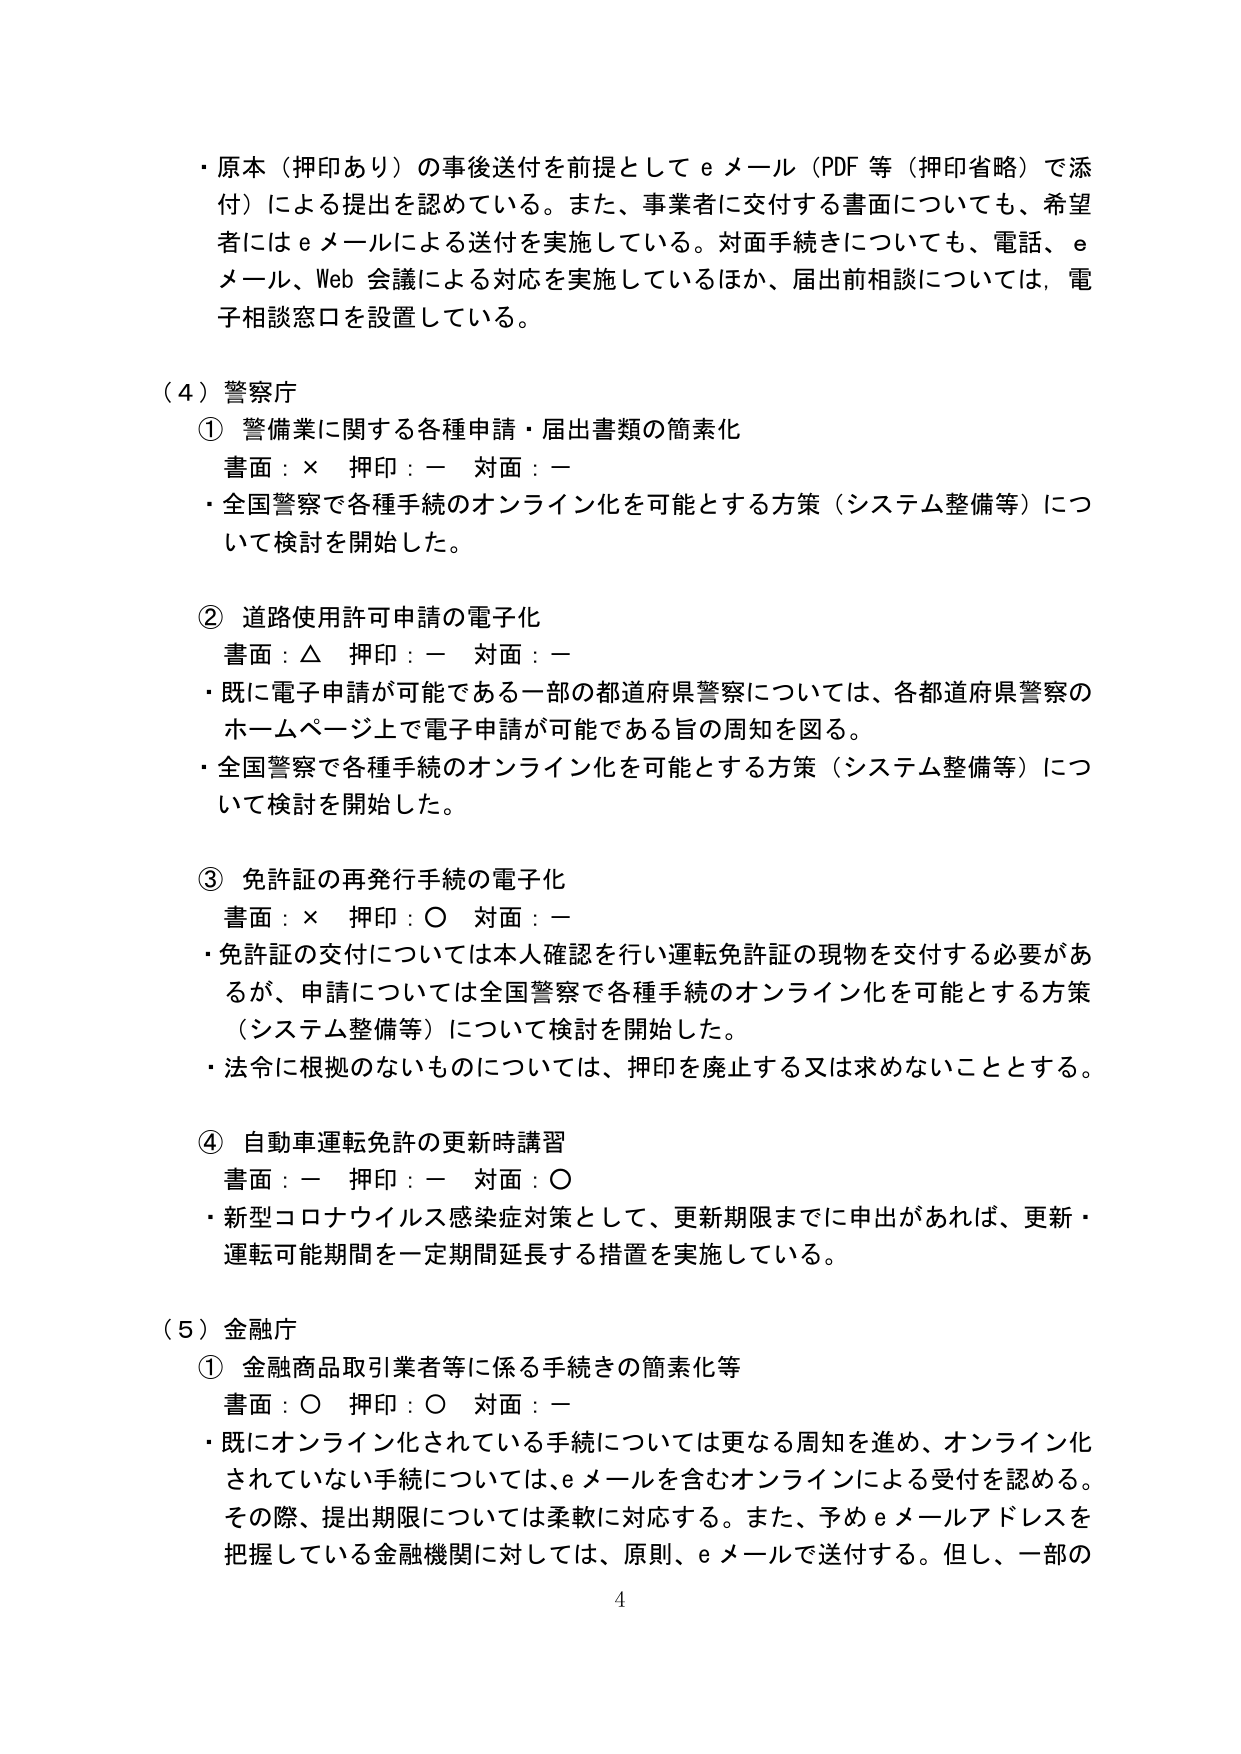
・原本（押印あり）の事後送付を前提としてｅメール（PDF等（押印省略）で添付）による提出を認めている。また、事業者に交付する書面についても、希望者にはｅメールによる送付を実施している。対面手続きについても、電話、ｅメール、Web会議による対応を実施しているほか、届出前相談については、電子相談窓口を設置している。

（４）警察庁
① 警備業に関する各種申請・届出書類の簡素化
書面：× 押印：－ 対面：－
・全国警察で各種手続のオンライン化を可能とする方策（システム整備等）について検討を開始した。

② 道路使用許可申請の電子化
書面：△ 押印：－ 対面：－
・既に電子申請が可能である一部の都道府県警察については、各都道府県警察のホームページ上で電子申請が可能である旨の周知を図る。
・全国警察で各種手続のオンライン化を可能とする方策（システム整備等）について検討を開始した。

③ 免許証の再発行手続の電子化
書面：× 押印：○ 対面：－
・免許証の交付については本人確認を行い運転免許証の現物を交付する必要があるが、申請については全国警察で各種手続のオンライン化を可能とする方策（システム整備等）について検討を開始した。
・法令に根拠のないものについては、押印を廃止する又は求めないこととする。

④ 自動車運転免許の更新時講習
書面：－ 押印：－ 対面：○
・新型コロナウイルス感染症対策として、更新期限までに申出があれば、更新・運転可能期間を一定期間延長する措置を実施している。

（５）金融庁
① 金融商品取引業者等に係る手続きの簡素化等
書面：○ 押印：○ 対面：－
・既にオンライン化されている手続については更なる周知を進め、オンライン化されていない手続については、ｅメールを含むオンラインによる受付を認める。その際、提出期限については柔軟に対応する。また、予めｅメールアドレスを把握している金融機関に対しては、原則、ｅメールで送付する。但し、一部の

4